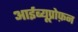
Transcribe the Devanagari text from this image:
आईब्यूप्रोफ़न